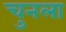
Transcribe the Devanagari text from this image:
चुनला